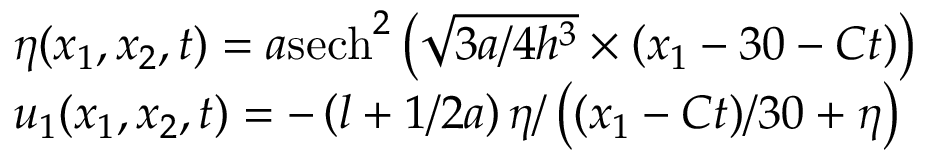
\begin{array} { r l } & { \eta ( x _ { 1 } , x _ { 2 } , t ) = a { { \operatorname { s e c h } } ^ { 2 } } \left( \sqrt { 3 a / 4 { { h } ^ { 3 } } } \times \left( x _ { 1 } - 3 0 - C t \right) \right) } \\ & { u _ { 1 } ( x _ { 1 } , x _ { 2 } , t ) = - \left( l + 1 / 2 a \right) \eta / \left( ( x _ { 1 } - C t ) / 3 0 + \eta \right) } \end{array}